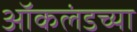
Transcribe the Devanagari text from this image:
ऑकलंडच्या